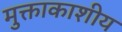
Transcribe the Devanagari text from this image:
मुक्ताकाशीय